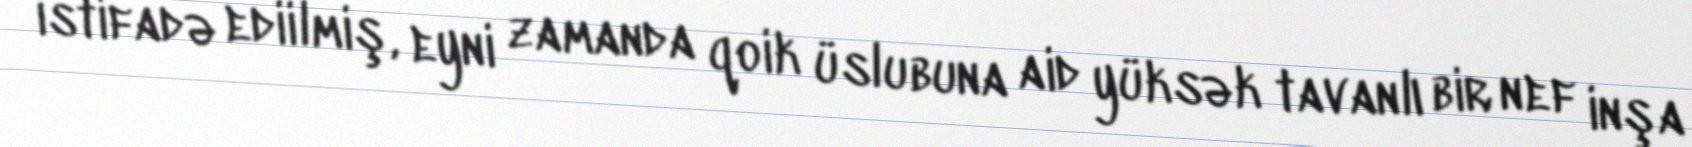
istifadə ediilmiş, eyni zamanda qoik üslubuna aid yüksək tavanlı bir nef inşa